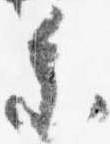
参